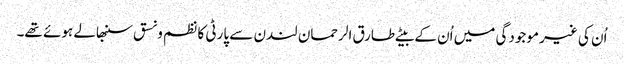
اُن کی غیر موجودگی میں اُن کے بیٹے طارق الرحمان لندن سے پارٹی کا نظم ونسق سنبھالے ہوئے تھے۔